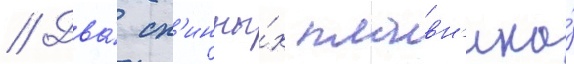
// Два́ сп'инны́х плавн'ика́